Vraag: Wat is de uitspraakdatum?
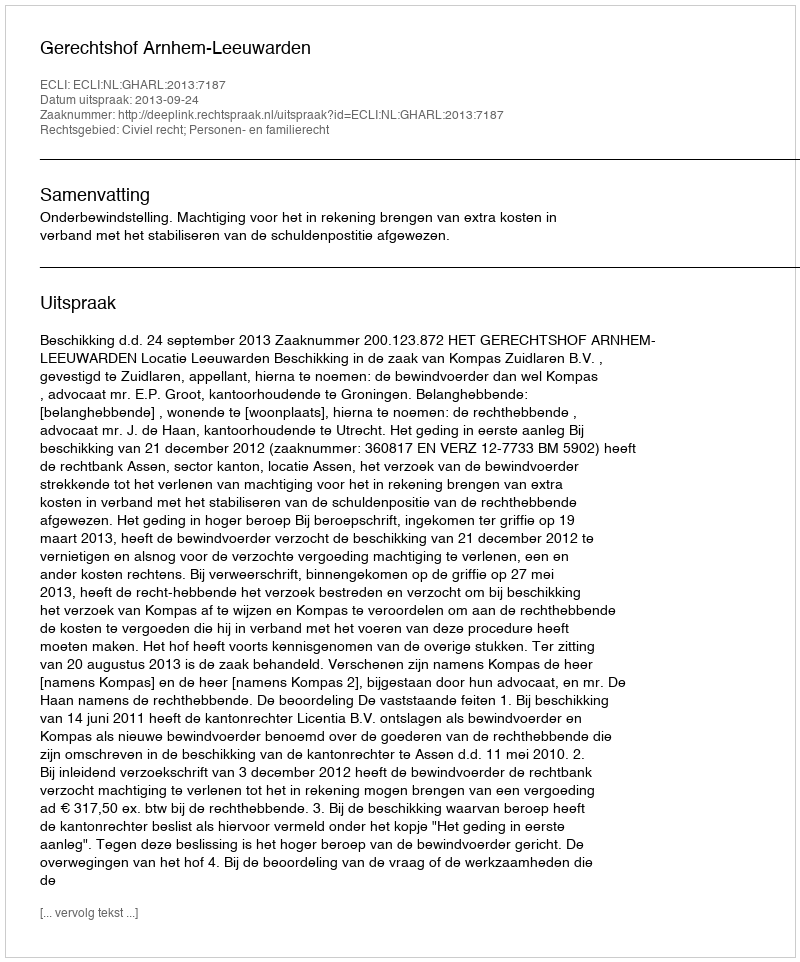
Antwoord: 2013-09-24